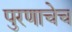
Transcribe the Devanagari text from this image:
पुरणाचेच